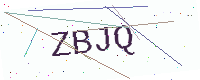
Text: ZBJQ